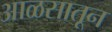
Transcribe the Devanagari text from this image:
आळसातून